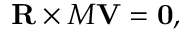
\mathbf { R } \times M \mathbf { V } = \mathbf { 0 } ,